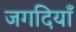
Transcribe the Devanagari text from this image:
जगदियाँ